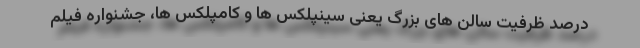
درصد ظرفیت سالن های بزرگ یعنی سینپلکس ها و کامپلکس ها، جشنواره فیلم